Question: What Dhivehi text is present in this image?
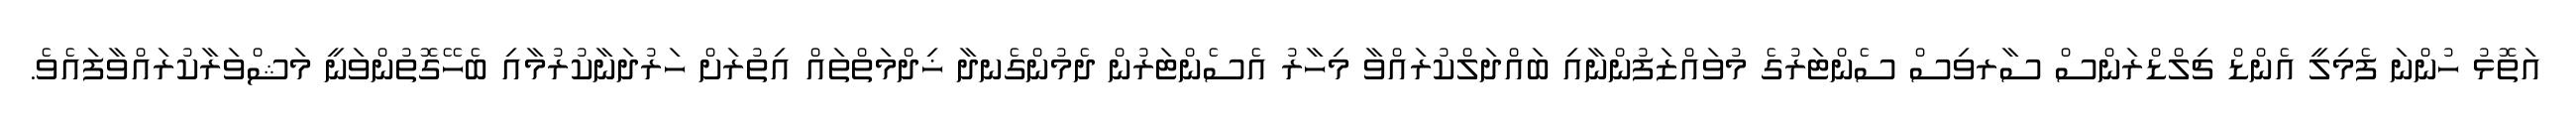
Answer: އަތޮޅު ހުންނަ ފެމިލީ އެންޑް ޗިލްޑްރަންސް ސާރވިސް ސެންޓަރުގެ މުވައްޒަފުންނާއި ބައްދަލްކުރައްވާ މިހާރު އެސެންޓަރުން ދެމުންގެނދާ ޚިދްމަތްތައް އިތުރަށް ހަރުދަނާކުރުމާއި ބެހޭގޮތުންވަނީ މަޝްވަރާކުރައްވާފައެވެ.